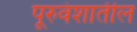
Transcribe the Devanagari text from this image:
पूरुवंशातील